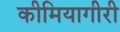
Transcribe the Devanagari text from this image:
कीमियागीरी